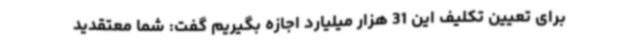
برای تعیین تکلیف این 31 هزار میلیارد اجازه بگیریم گفت: شما معتقدید